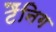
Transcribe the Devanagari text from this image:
टैंनिग